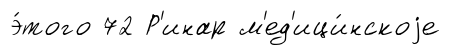
э́того 72 Р'инар м'ед'ици́нскоjе